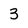
Character: 3